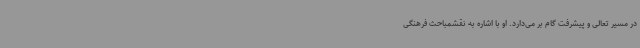
در مسیر تعالی و پیشرفت گام بر می‌دارد. او با اشاره به نقشمباحث فرهنگی